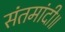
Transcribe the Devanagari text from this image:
संतमांदी॥